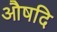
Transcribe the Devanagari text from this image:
औषदि